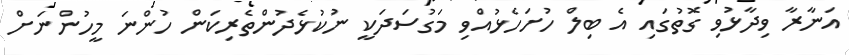
އަނާރާ ވިދާޅުވި ގޮތުގައި އެ ބިލް ހުށަހެޅުއްވި މަގުސަދަކީ ނުކުޅެދުންތެރިކަން ހުންނަ މީހުންނަށް